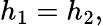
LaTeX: h_{1}=h_{2},